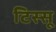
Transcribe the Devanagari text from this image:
टिस्सू